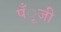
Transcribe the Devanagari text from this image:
पँूजी